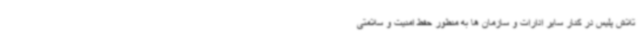
تلاش پلیس در کنار سایر ادارات و سازمان ها به منظور حفظ امنیت و سلامتی